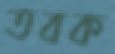
তবক